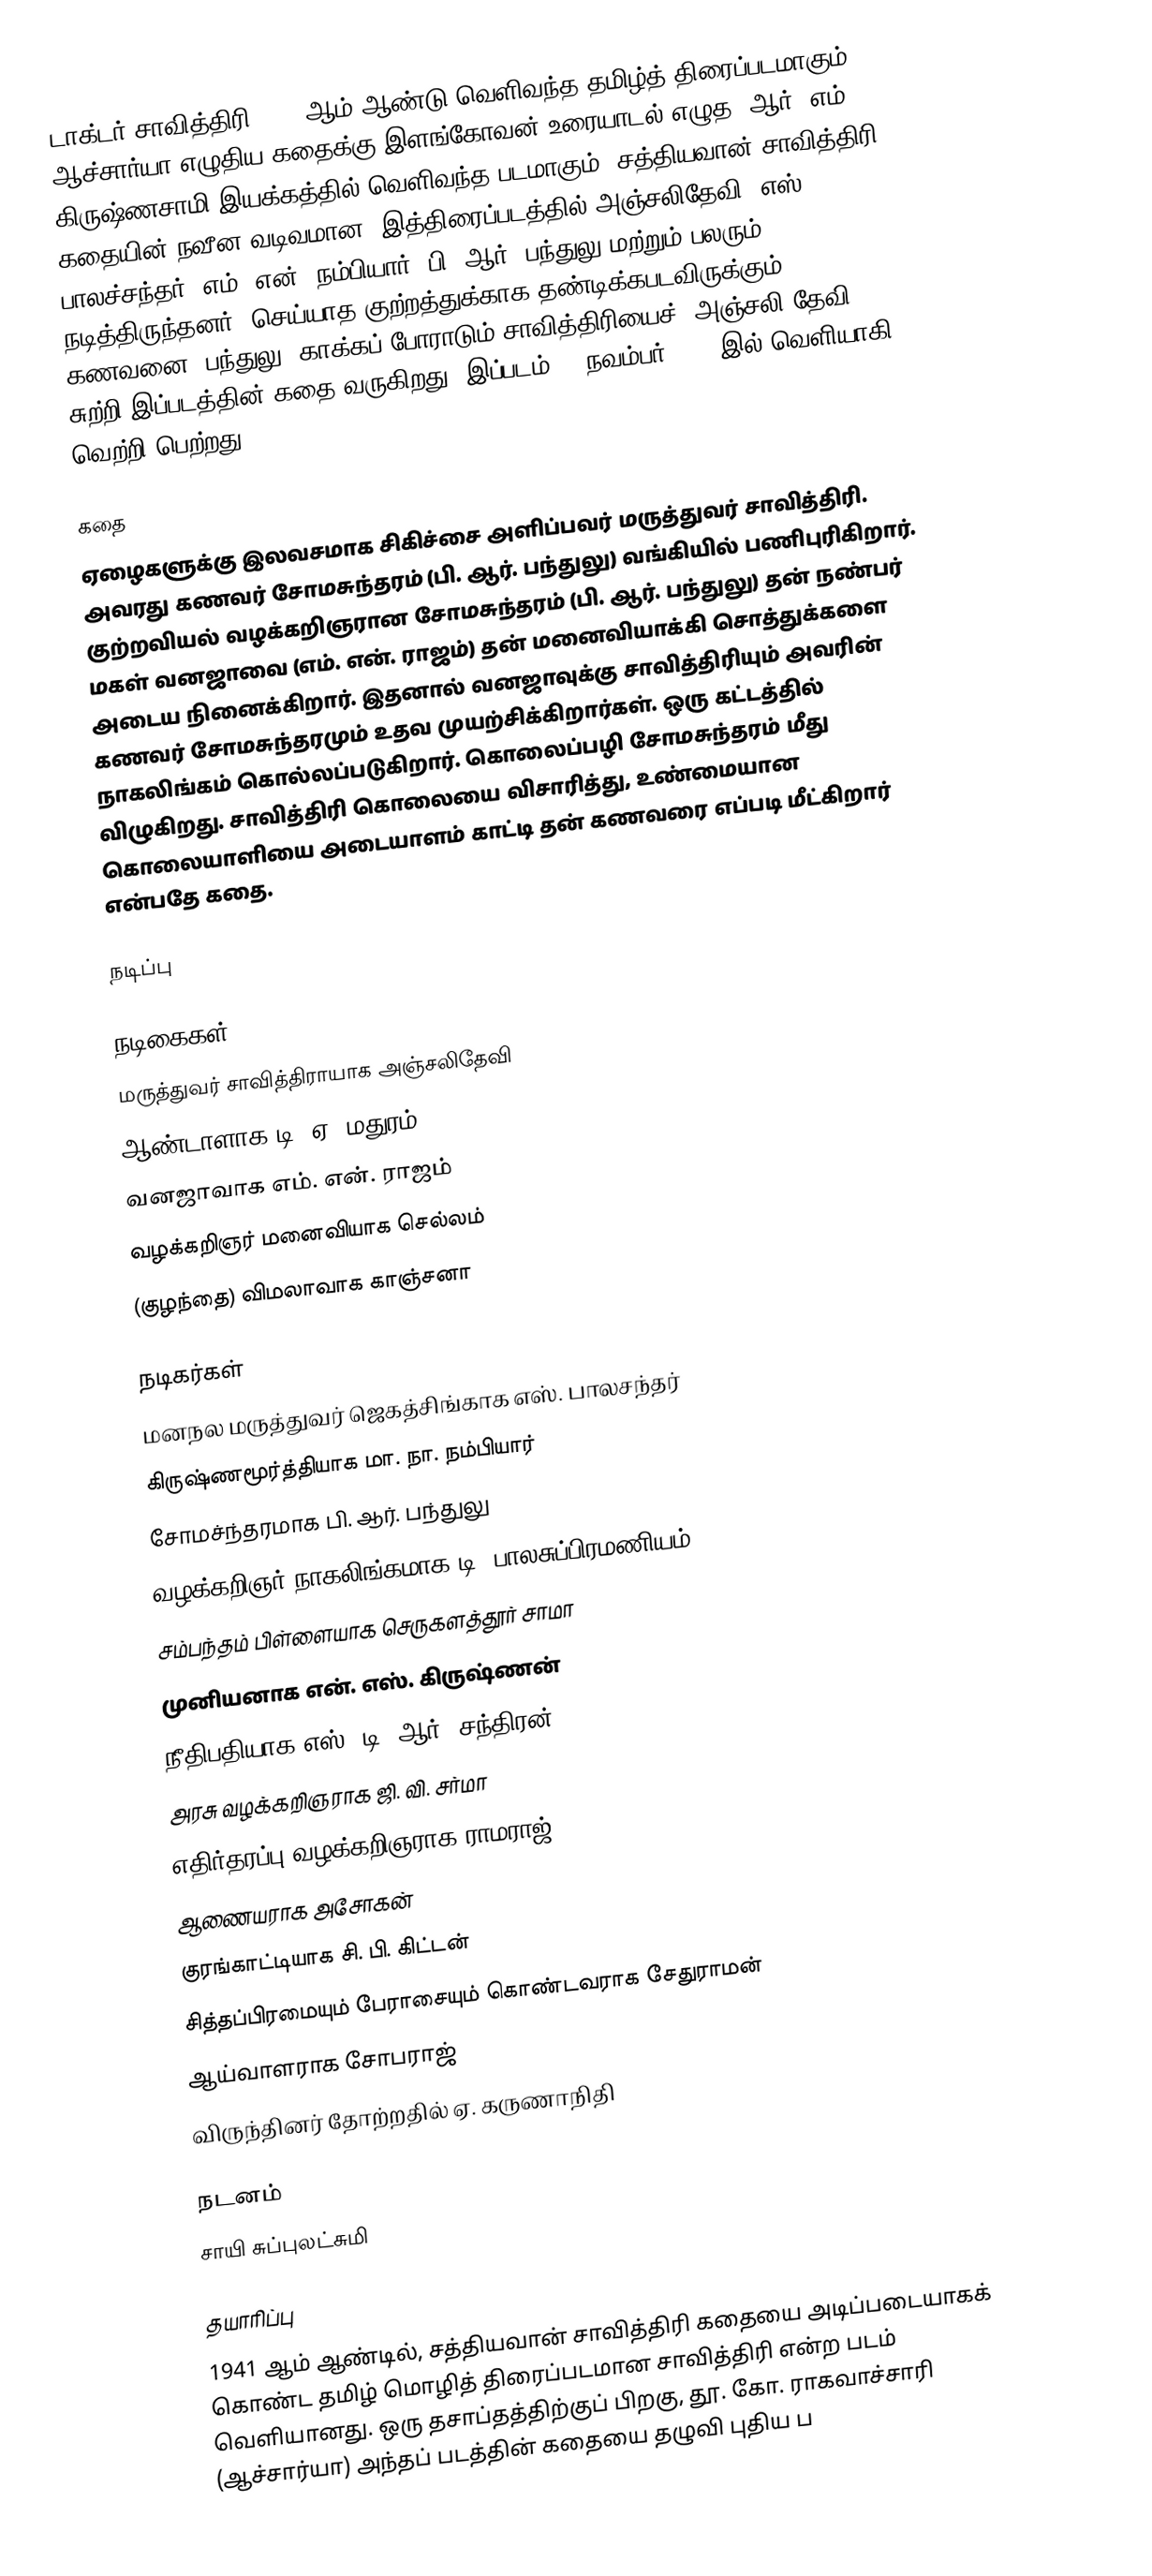
டாக்டர் சாவித்திரி 1955 ஆம் ஆண்டு வெளிவந்த தமிழ்த் திரைப்படமாகும். ஆச்சார்யா எழுதிய கதைக்கு இளங்கோவன் உரையாடல் எழுத, ஆர். எம். கிருஷ்ணசாமி இயக்கத்தில் வெளிவந்த படமாகும். சத்தியவான் சாவித்திரி கதையின் நவீன வடிவமான, இத்திரைப்படத்தில் அஞ்சலிதேவி, எஸ். பாலச்சந்தர், எம். என். நம்பியார், பி. ஆர். பந்துலு மற்றும் பலரும் நடித்திருந்தனர். செய்யாத குற்றத்துக்காக தண்டிக்கபடவிருக்கும் கணவனை (பந்துலு) காக்கப் போராடும்  சாவித்திரியைச்  (அஞ்சலி தேவி) சுற்றி இப்படத்தின் கதை வருகிறது. இப்படம் 25 நவம்பர் 1955 இல் வெளியாகி வெற்றி பெற்றது.

கதை
ஏழைகளுக்கு இலவசமாக சிகிச்சை அளிப்பவர் மருத்துவர் சாவித்திரி. அவரது கணவர் சோமசுந்தரம் (பி. ஆர். பந்துலு) வங்கியில் பணிபுரிகிறார். குற்றவியல் வழக்கறிஞரான சோமசுந்தரம் (பி. ஆர். பந்துலு) தன் நண்பர் மகள் வனஜாவை (எம். என். ராஜம்) தன் மனைவியாக்கி சொத்துக்களை அடைய நினைக்கிறார். இதனால் வனஜாவுக்கு சாவித்திரியும் அவரின் கணவர் சோமசுந்தரமும் உதவ முயற்சிக்கிறார்கள். ஒரு கட்டத்தில் நாகலிங்கம் கொல்லப்படுகிறார். கொலைப்பழி சோமசுந்தரம் மீது விழுகிறது. சாவித்திரி கொலையை விசாரித்து, உண்மையான கொலையாளியை அடையாளம் காட்டி தன் கணவரை எப்படி மீட்கிறார் என்பதே கதை.

நடிப்பு

நடிகைகள்t
 மருத்துவர் சாவித்திராயாக அஞ்சலிதேவி
 ஆண்டாளாக டி. ஏ. மதுரம்
 வனஜாவாக எம். என். ராஜம்
 வழக்கறிஞர் மனைவியாக செல்லம்
 (குழந்தை) விமலாவாக காஞ்சனா

நடிகர்கள்
 மனநல மருத்துவர் ஜெகத்சிங்காக எஸ். பாலசந்தர்
 கிருஷ்ணமூர்த்தியாக மா. நா. நம்பியார்
 சோமச்ந்தரமாக பி. ஆர். பந்துலு
 வழக்கறிஞர் நாகலிங்கமாக டி. பாலசுப்பிரமணியம்
 சம்பந்தம் பிள்ளையாக செருகளத்தூர் சாமா
 முனியனாக என். எஸ். கிருஷ்ணன்
 நீதிபதியாக எஸ். டி. ஆர். சந்திரன்
 அரசு வழக்கறிஞராக ஜி. வி. சர்மா
 எதிர்தரப்பு வழக்கறிஞராக ராமராஜ்
 ஆணையராக அசோகன்
 குரங்காட்டியாக சி. பி. கிட்டன்
 சித்தப்பிரமையும் பேராசையும் கொண்டவராக சேதுராமன்
 ஆய்வாளராக சோபராஜ்
 விருந்தினர் தோற்றதில் ஏ. கருணாநிதி

நடனம்
 சாயி சுப்புலட்சுமி

தயாரிப்பு
1941 ஆம் ஆண்டில், சத்தியவான் சாவித்திரி கதையை அடிப்படையாகக் கொண்ட தமிழ் மொழித் திரைப்படமான சாவித்திரி என்ற படம் வெளியானது. ஒரு தசாப்தத்திற்குப் பிறகு, தூ. கோ. ராகவாச்சாரி (ஆச்சார்யா) அந்தப் படத்தின் கதையை தழுவி புதிய ப